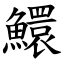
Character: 鱞